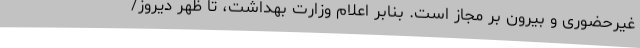
غیرحضوری و بیرون بر مجاز است. بنابر اعلام وزارت بهداشت، تا ظهر دیروز/